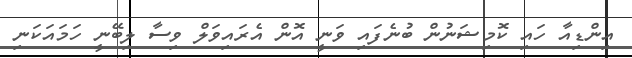
އިންޑިއާ ހައި ކޮމިޝަނުން ބުނެފައި ވަނީ އޮން އެރައިވަލް ވިސާ ލިބޭނީ ހަމައަކަނި